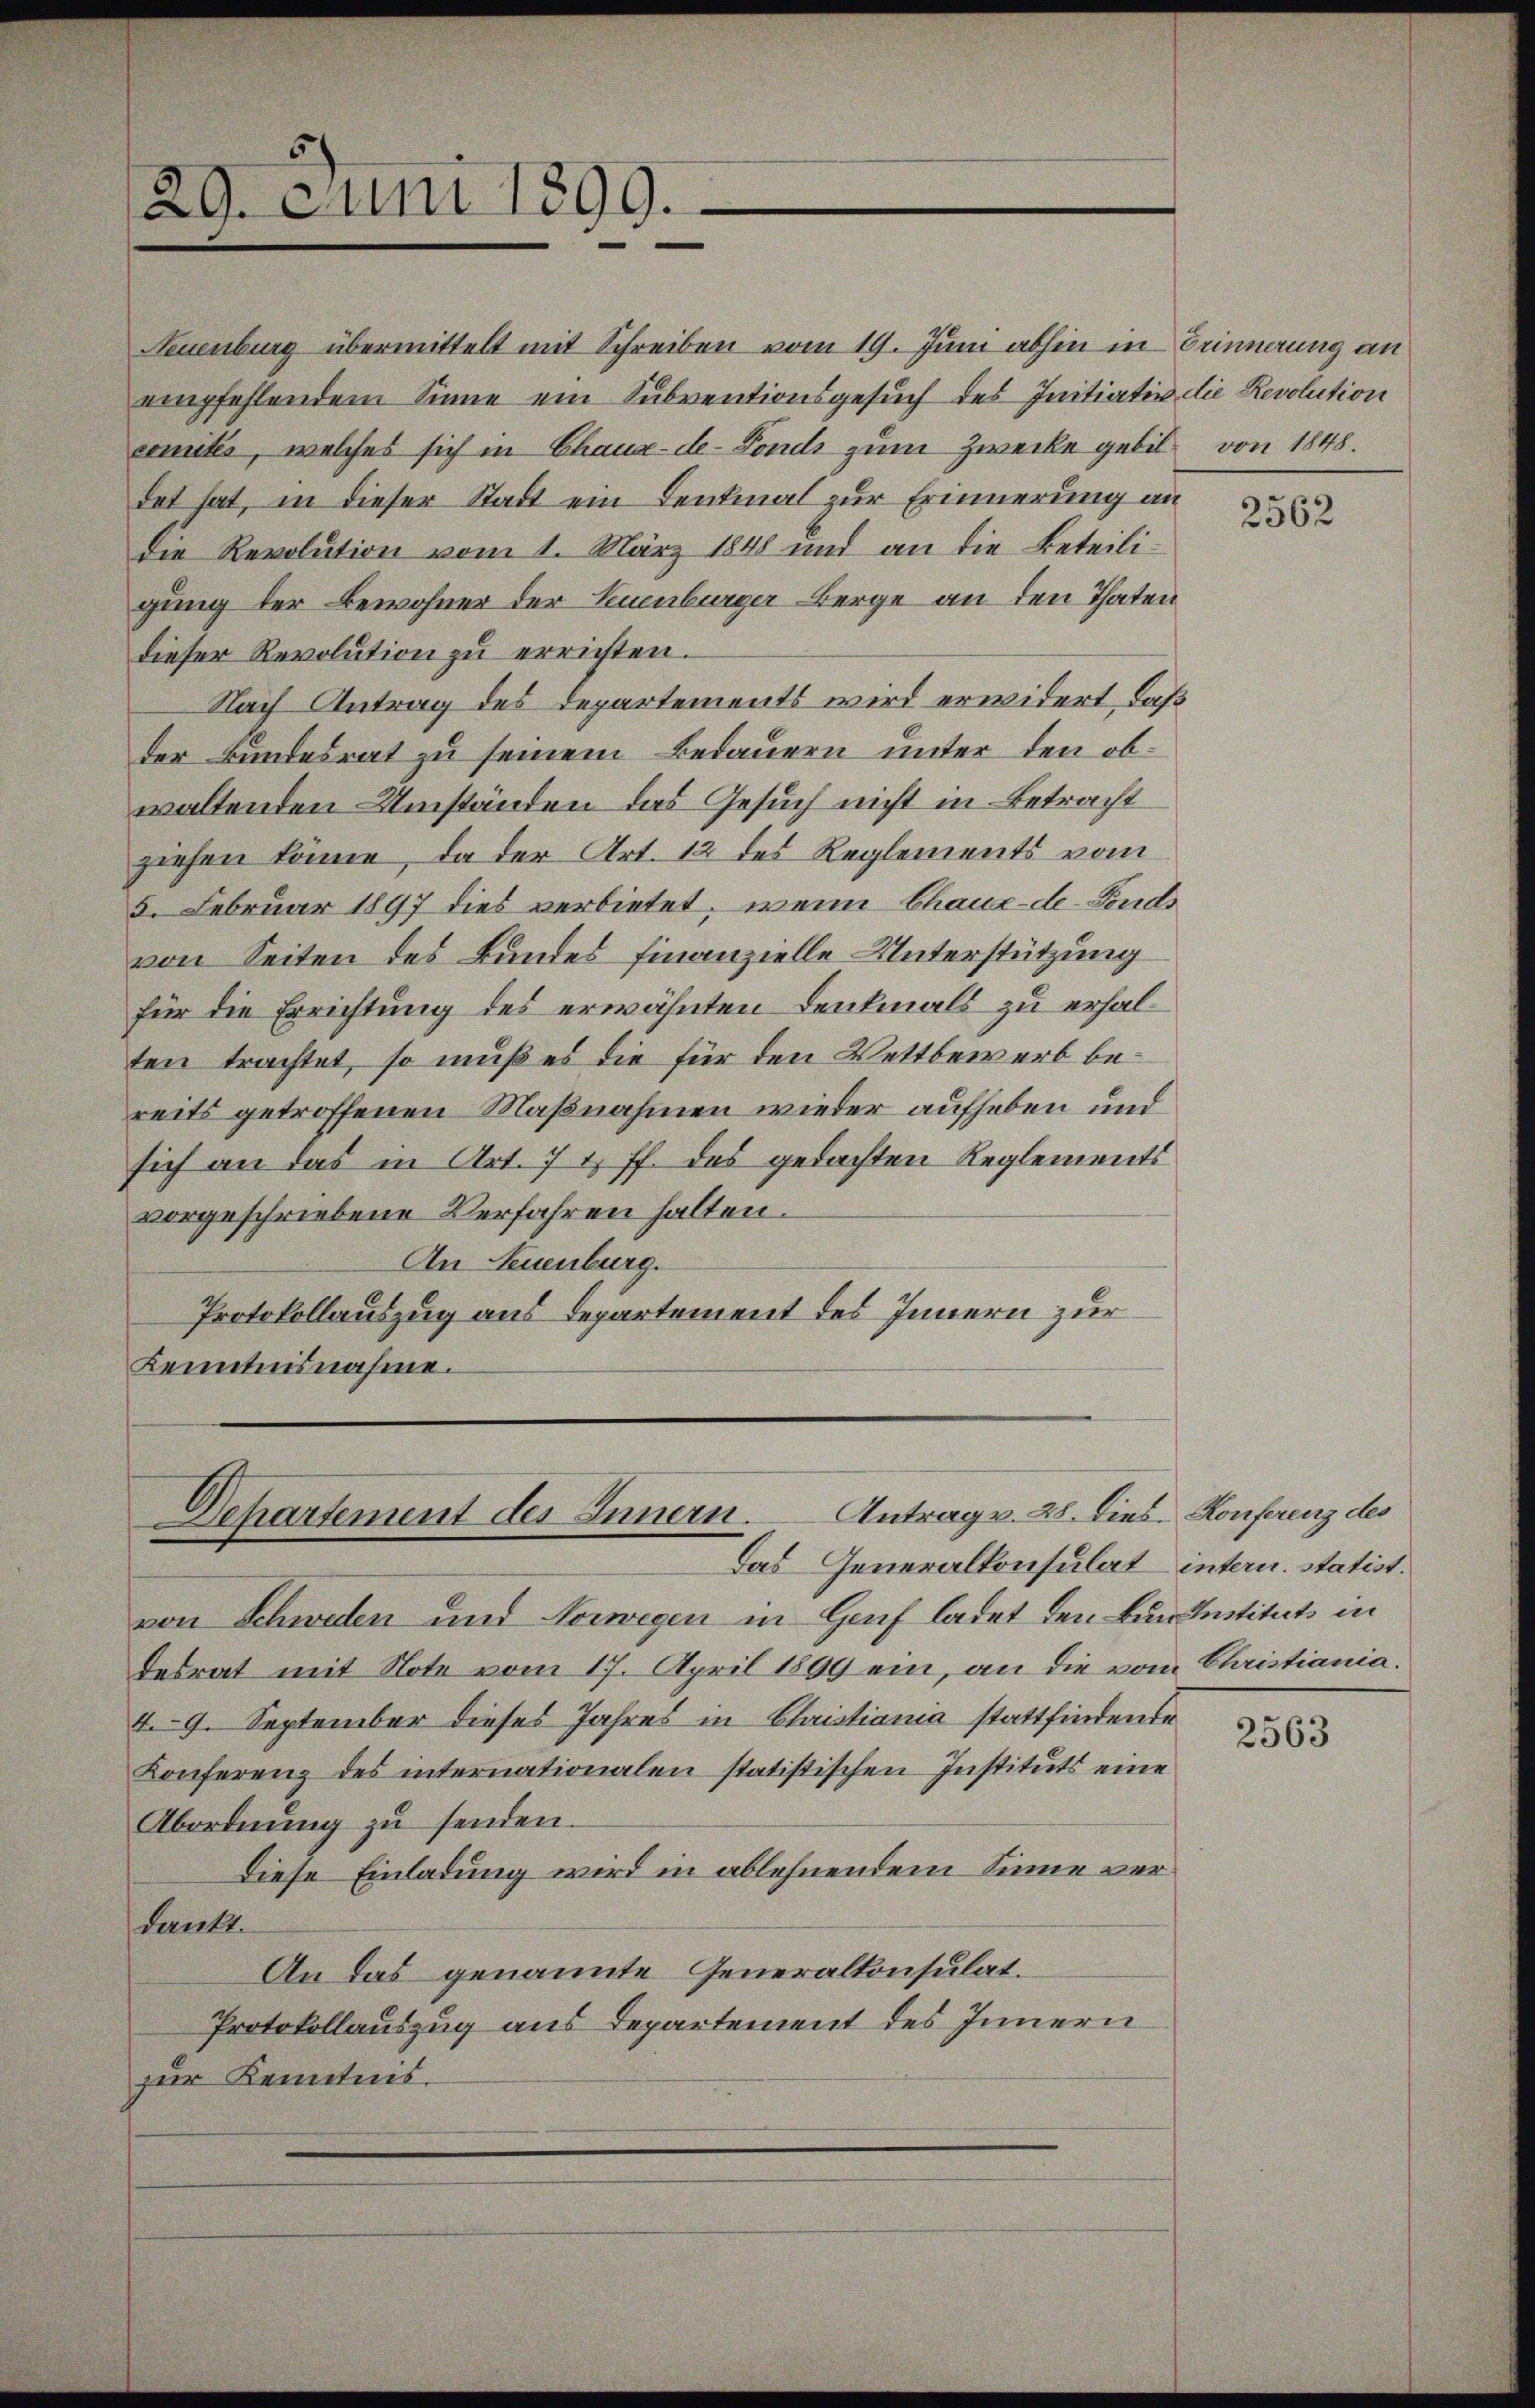
Neuenburg übermittelt mit Schreiben vom 19. Juni abhin in Erinnerung an
empfehlendem Sinne ein Subventionsgesŭch des Initiativ die Revolution
comites, welches sich in Chaux-de-Fonds zum Zwecke gebildet hat, in dieser Stadt ein Denkmal zur Erinnerung an
die Revolution vom 1. März 1848 und an die Beteili-
gung der Bewohner der Leuenburger Berge an den Thaten
dieser Revolution zu errichten.
Nach Antrag des Departements wird erwidert, daß
der Bundesrat zu seinem Bedauern unter den obwaltenden Umständen das Gesuch nicht in Betracht
ziehen könne, da der Art. 12 des Reglements vom
5. Februar 1897 dies verbietet, wenn Chaux-de-Fonds
von Seiten des Bundes finanzielle Unterstützung
für die Errichtung des erwähnten Denkmals zu erhalten trachtet, so muß es die für den Wettbewerb bereits getroffenen Maßnahmen wieder aufheben und
sich an das in Art. 7 u. ff. des gedachten Reglements
vorgeschriebene Verfahren halten.
An Neuenburg.
Protokollauszug aus Departement des Innern zur
Kenntnisnahme.

29. Juni 1899.

Dehartement des Innern. Antrag v. 28. Dies. Konferenz des
Das Generalkonsulat intern. statist.

von Schweden und Norwegen in Genf ladet den Burinstituts in
desrat mit Note vom 17. April 1899 ein, an die vom Christiania.
4.9. September dieses Jahres in Christiania stattfindende
Konferenz des internationalen statistischen Instituts eine
Abordnung zu senden.
Diese Einladung wird in ablehnendem Sinne verdankt.
An das genannte Generalkonsulat.
Protokollauszug aus Departement des Innern
zur Kenntnis.

von 1848.

2562

2563